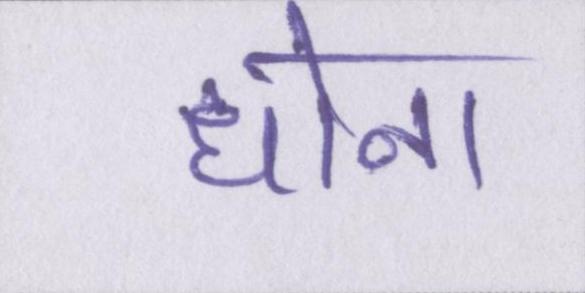
धोना